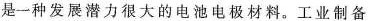
是一种发展潜力很大的电池电极材料。工业制备